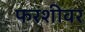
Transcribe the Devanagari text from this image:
फरशीवर